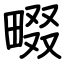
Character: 畷